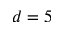
d = 5